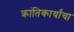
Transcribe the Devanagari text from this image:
क्रांतिकार्यांचा